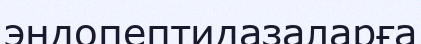
эндопептидазаларға